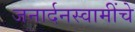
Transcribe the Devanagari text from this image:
जनार्दनस्वामींचे